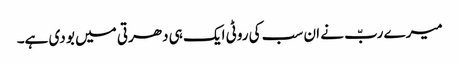
میرے ربّ نے ان سب کی روٹی ایک ہی دھرتی میں بو دی ہے۔